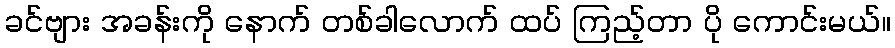
ခင်ဗျား အခန်းကို နောက် တစ်ခါလောက် ထပ် ကြည့်တာ ပို ကောင်းမယ်။